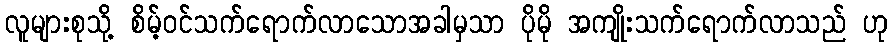
လူများစုသို့ စိမ့်ဝင်သက်ရောက်လာသောအခါမှသာ ပိုမို အကျိုးသက်ရောက်လာသည် ဟု